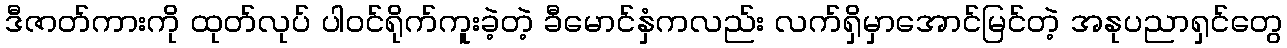
ဒီဇာတ်ကားကို ထုတ်လုပ် ပါဝင်ရိုက်ကူးခဲ့တဲ့ ခီမောင်နှံကလည်း လက်ရှိမှာအောင်မြင်တဲ့ အနုပညာရှင်တွေ